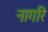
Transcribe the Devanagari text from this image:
नागरि